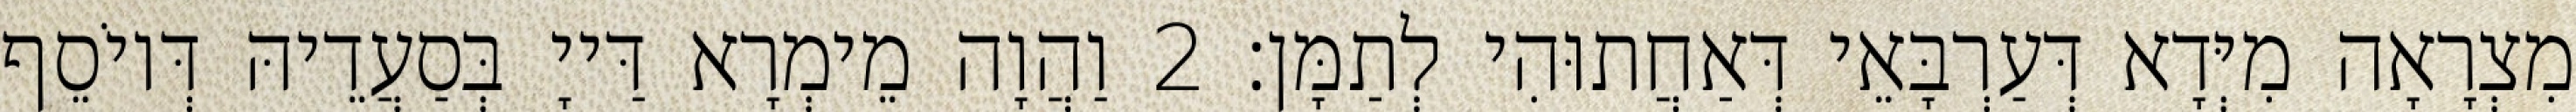
מִצְרָאָה מִיְּדָא דְּעַרְבָּאֵי דְּאַחֲתוּהִי לְתַמָּן׃ 2 וַהֲוָה מֵימְרָא דַּייָ בְּסַעֲדֵיהּ דְּיוֹסֵף